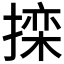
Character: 𱠧